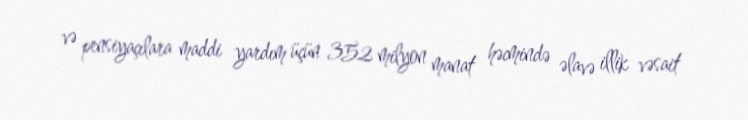
və pensiyaçılara maddi yardım üçün 352 milyon manat həcmində əlavə illik vəsait